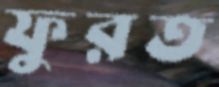
ফুরত